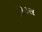
કિટસ